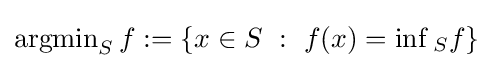
\operatorname {argmin} _{S}f:=\left\{x\in S~:~f(x)=\inf {}_{S}f\right\}